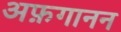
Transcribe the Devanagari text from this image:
अफ़गानन